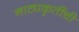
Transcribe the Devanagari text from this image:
नाट्यकृतींची